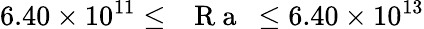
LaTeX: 6.40\times 10^{11}\leq\mathrm{~\textit~{~R~a~}~}\leq 6.40\times 10^{13}